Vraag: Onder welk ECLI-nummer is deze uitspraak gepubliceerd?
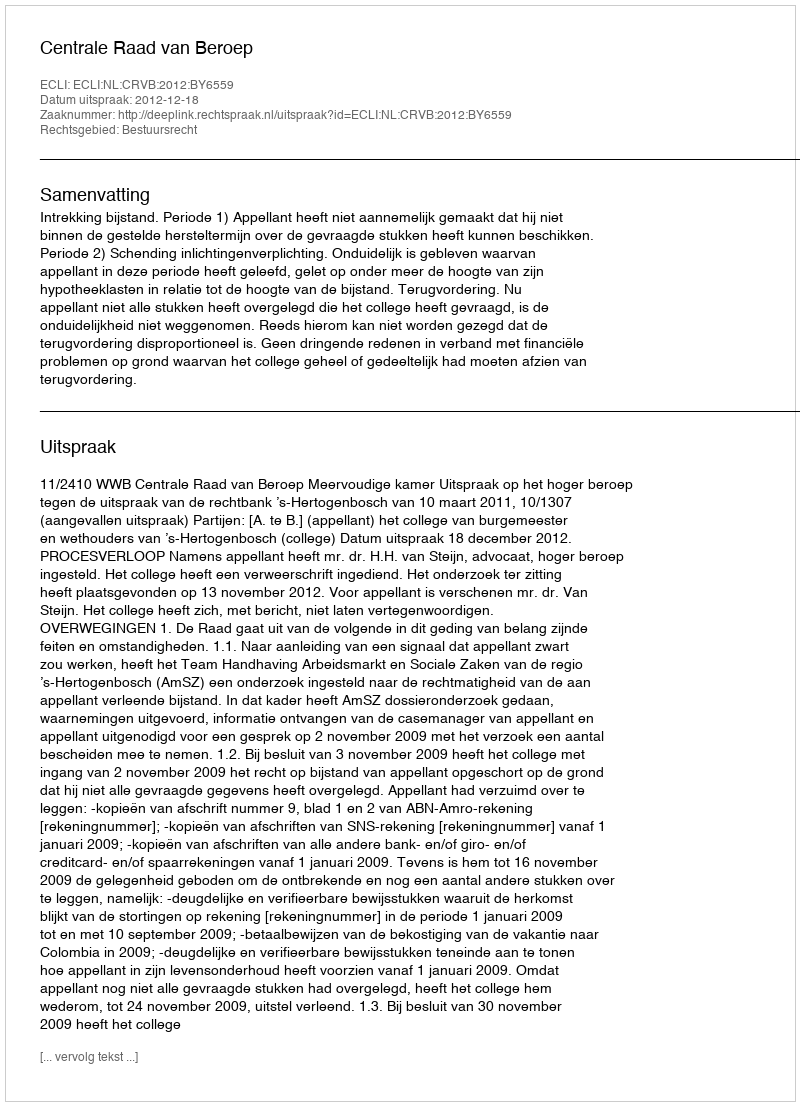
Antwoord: ECLI:NL:CRVB:2012:BY6559